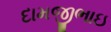
દામજીભાઇ